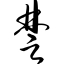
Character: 楚